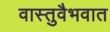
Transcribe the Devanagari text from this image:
वास्तुवैभवात